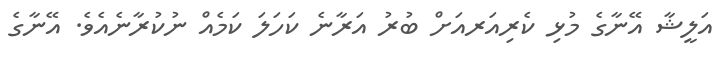
އަލީޝާ އޭނާގެ މުޅި ކެރިއަރއަށް ބުރު އަރާނެ ކަހަލަ ކަމެއް ނުކުރާނެއެވެ. އޭނާގެ